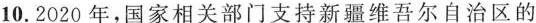
10.2020年，国家相关部门支持新疆维吾尔自治区的